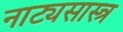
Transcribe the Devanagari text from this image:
नाट्यसास्त्र